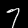
Digit: 7